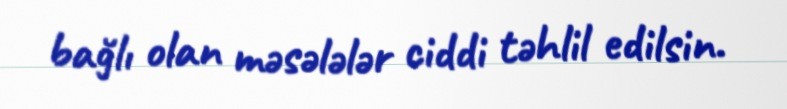
bağlı olan məsələlər ciddi təhlil edilsin.